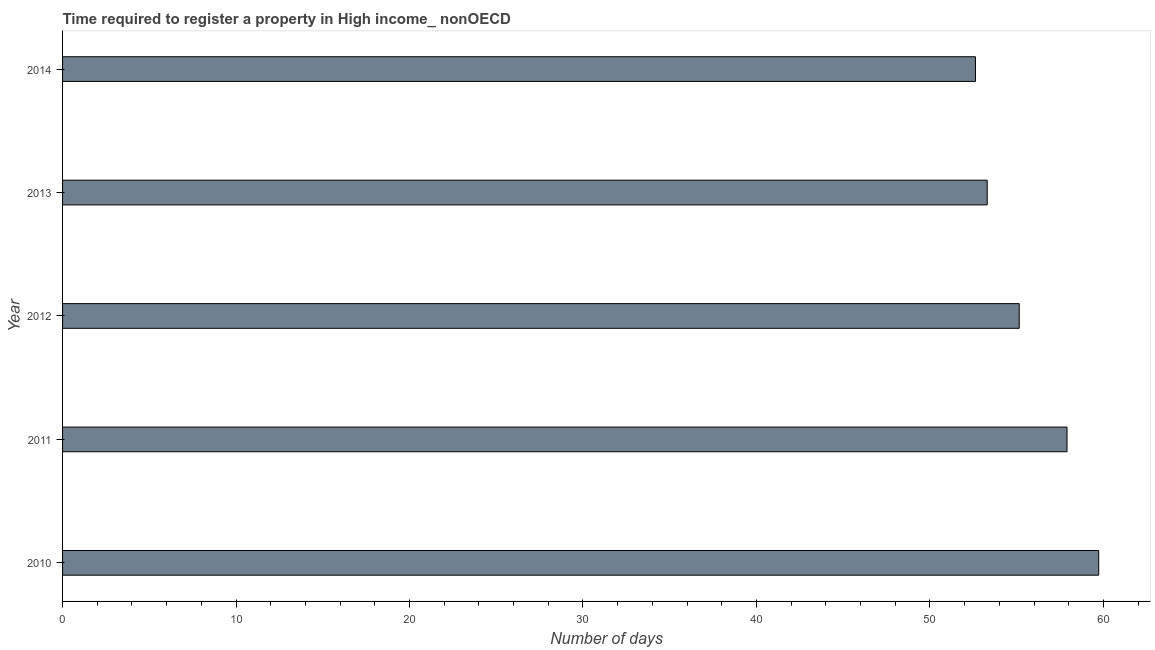
| Year | Register property |
 | --- | --- |
 | 2010 | 59.7 |
 | 2011 | 57.9 |
 | 2012 | 55.1 |
 | 2013 | 53.3 |
 | 2014 | 52.6 |